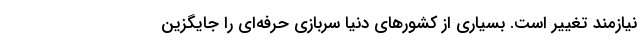
نیازمند تغییر است. بسیاری از کشورهای دنیا سربازی حرفه‌ای را جایگزین